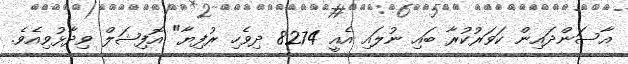
އާސަންދައިން ކަވަރުކުރާ ބައި ނުލައި އެއީ 8274 ދިވެހި ރުފިޔާ" އޮފިޝަލް ވިދާޅުވިއެވެ.